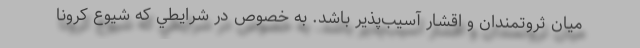
ميان ثروتمندان و اقشار آسيب‌پذير باشد. به خصوص در شرايطي كه شيوع كرونا